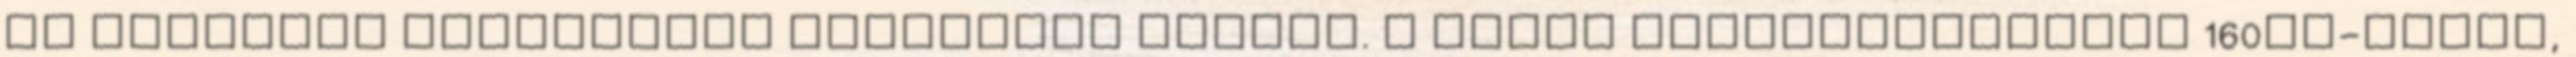
cm átmérőjű korongokat formázunk belőle. A sütőt előmelegítetjük 160°C-fokra,